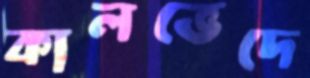
কালভেদে